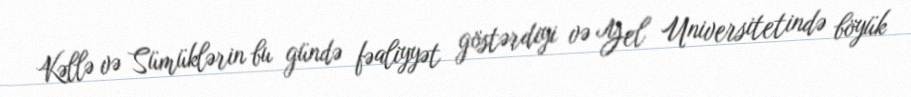
Kəllə və Sümüklərin bu gündə fəaliyyət göstərdiyi və Yel Universitetində böyük